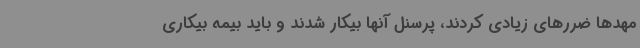
مهدها ضررهای زیادی کردند، پرسنل آنها بیکار شدند و باید بیمه بیکاری